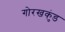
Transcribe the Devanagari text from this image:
गोरखकुंड